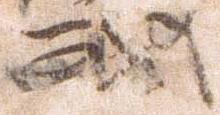
戦